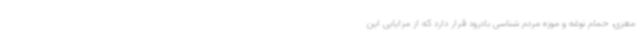
معزی، حمام نوغه و موزه مردم شناسی بادرود قرار دارد که از مزایایی این